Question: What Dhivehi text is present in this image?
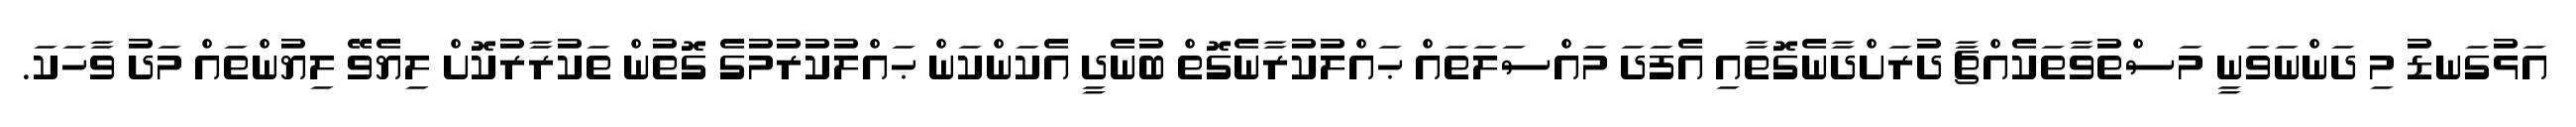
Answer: އަޅުގަނޑު މި ދަންނަވަނީ މަސްތުވާތަކެއްޗާ ދުރަށްދާނެގޮތާއި އެފަދަ މައްސަލަތައް ޙައްލުކުރާނެގޮތް ބުނެދީ އެކަންކަން ޙައްލުކުރުމުގެ ގޮތުން ތަކުރާރުކޮށް ލިޔެވޭ ލިޔުންތައް މަދު ވާހަކަ.